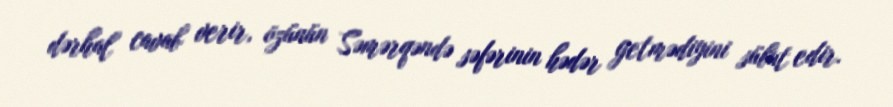
dərhal cavab verir, özünün Səmərqəndə səfərinin hədər getmədiyini sübut edir.